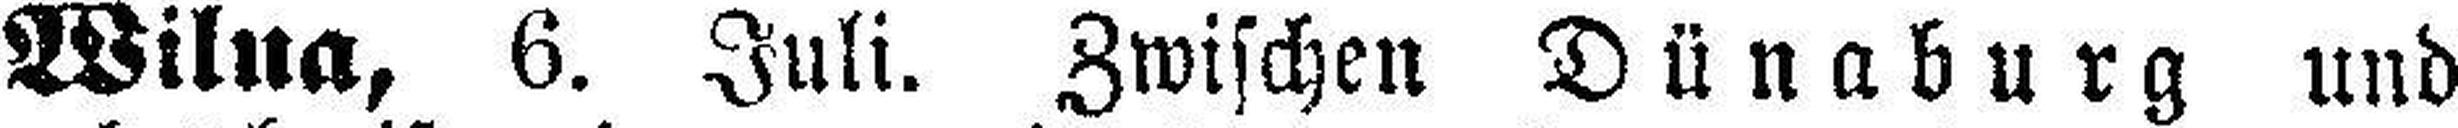
Wilna, 6. Juli. Zwischen Dünaburg und